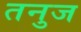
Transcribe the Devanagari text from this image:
तनुज